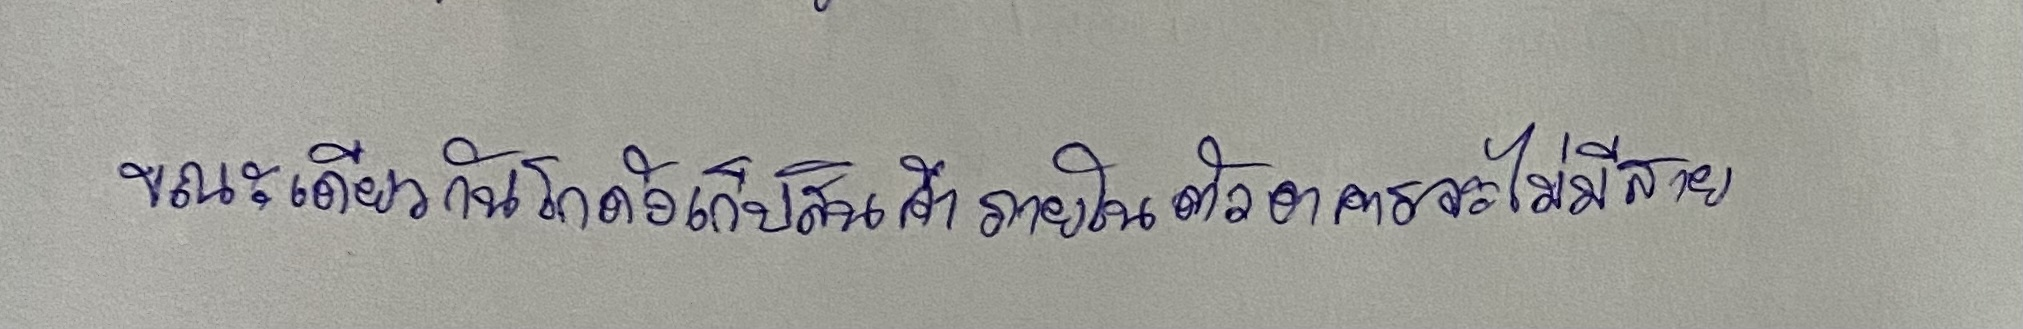
ขณะเดียวกันโกดังเก็บสินค้าภายในตัวอาคารจะไม่มีสาย